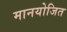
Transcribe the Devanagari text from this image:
मानयोजित